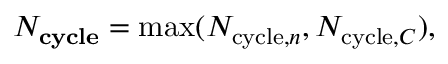
N _ { \mathbf { c y c l e } } = \operatorname* { m a x } ( N _ { \mathrm { c y c l e } , n } , N _ { \mathrm { c y c l e } , C } ) ,